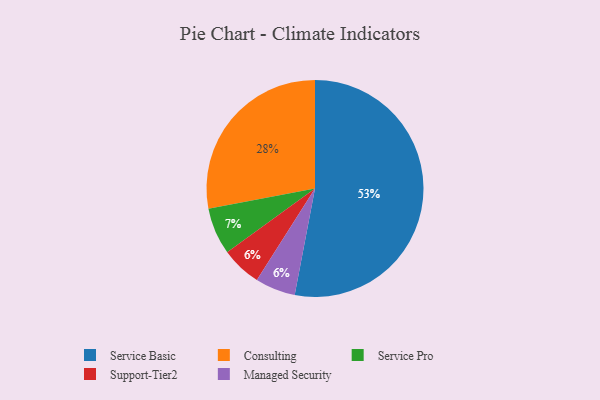
{"axis": {"x": "Category", "y": "Percentage"}, "legend": ["Consulting", "Managed Security", "Service Basic", "Service Pro", "Support-Tier2"], "data": [{"x": "Service Pro", "y": 7, "type": "Service Pro"}, {"x": "Service Basic", "y": 53, "type": "Service Basic"}, {"x": "Support-Tier2", "y": 6, "type": "Support-Tier2"}, {"x": "Consulting", "y": 28, "type": "Consulting"}, {"x": "Managed Security", "y": 6, "type": "Managed Security"}]}